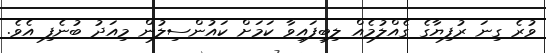
ވުރެ ގިނަ ރުފިޔާގެ ގެއްލުމެއް ލިބިފައިވާ ކަމަށް ކައުންސިލުން މިއަދު ބުނެފި އެވެ.